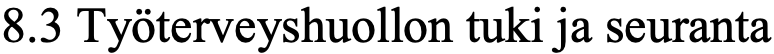
8.3 Työterveyshuollon tuki ja seuranta